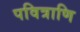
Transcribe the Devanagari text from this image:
पवित्राणि